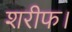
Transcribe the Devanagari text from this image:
शरीफ।